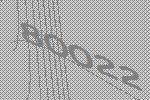
80022